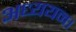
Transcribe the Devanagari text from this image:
अध्‍ययन।